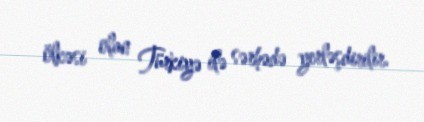
ölkəsi olan Türkiyə ilə sərhədə yerləşdirilir.